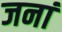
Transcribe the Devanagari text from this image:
जनां